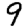
Digit: 9